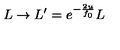
L \rightarrow L ^ { \prime } = e ^ { - \frac { 2 u } { f _ { 0 } } } L